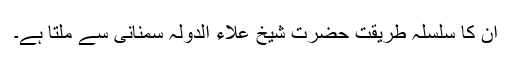
اِن کا سلسلہ طریقت حضرت شیخ علاء الدولہ سمنانی سے ملتا ہے۔